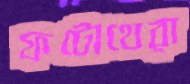
ফটোথেরা